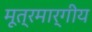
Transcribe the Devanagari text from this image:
मूत्रमार्गीय